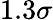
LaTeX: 1.3\sigma